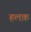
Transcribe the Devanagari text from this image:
हलक़